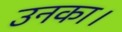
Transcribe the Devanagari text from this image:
उनका।